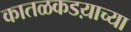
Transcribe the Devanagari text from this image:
कातळकडय़ाच्या